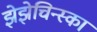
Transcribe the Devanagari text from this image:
झेझेचिन्स्का